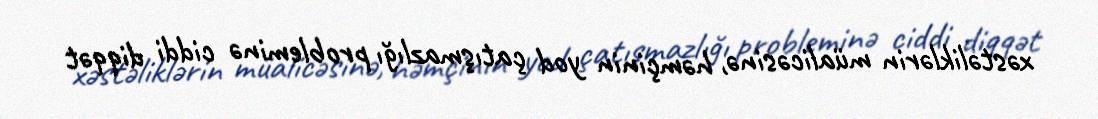
xəstəliklərin müalicəsinə, həmçinin yod çatışmazlığı probleminə ciddi diqqət